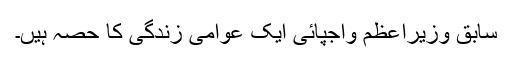
سابق وزیراعظم واجپائی ایک عوامی زندگی کا حصہ ہیں۔